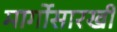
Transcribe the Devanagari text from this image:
मार्गोसारखी